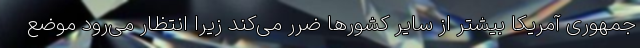
جمهوری آمریکا بیشتر از سایر کشورها ضرر می‌کند زیرا انتظار می‌رود موضع